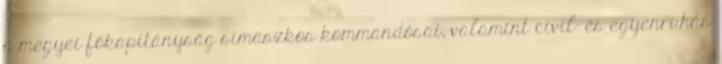
a megyei főkapitányság símaszkos kommandósai, valamint civil- és egyenruhás